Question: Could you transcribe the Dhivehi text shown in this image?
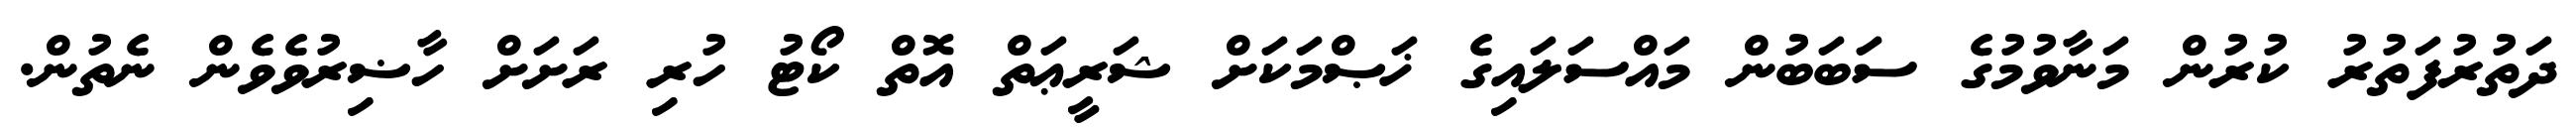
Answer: ދަތުރުފަތުރު ކުރުން މަނާވުމުގެ ސަބަބުން މައްސަލައިގެ ޚަޞްމަކަށް ޝަރީޢަތް އޮތް ކޯޓު ހުރި ރަށަށް ހާޟިރުވެވެން ނެތުން.